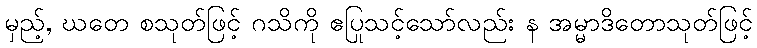
မှည့်, ဃတေ စသုတ်ဖြင့် ဂသိကို ဧပြုသင့်သော်လည်း န အမ္မာဒိတောသုတ်ဖြင့်